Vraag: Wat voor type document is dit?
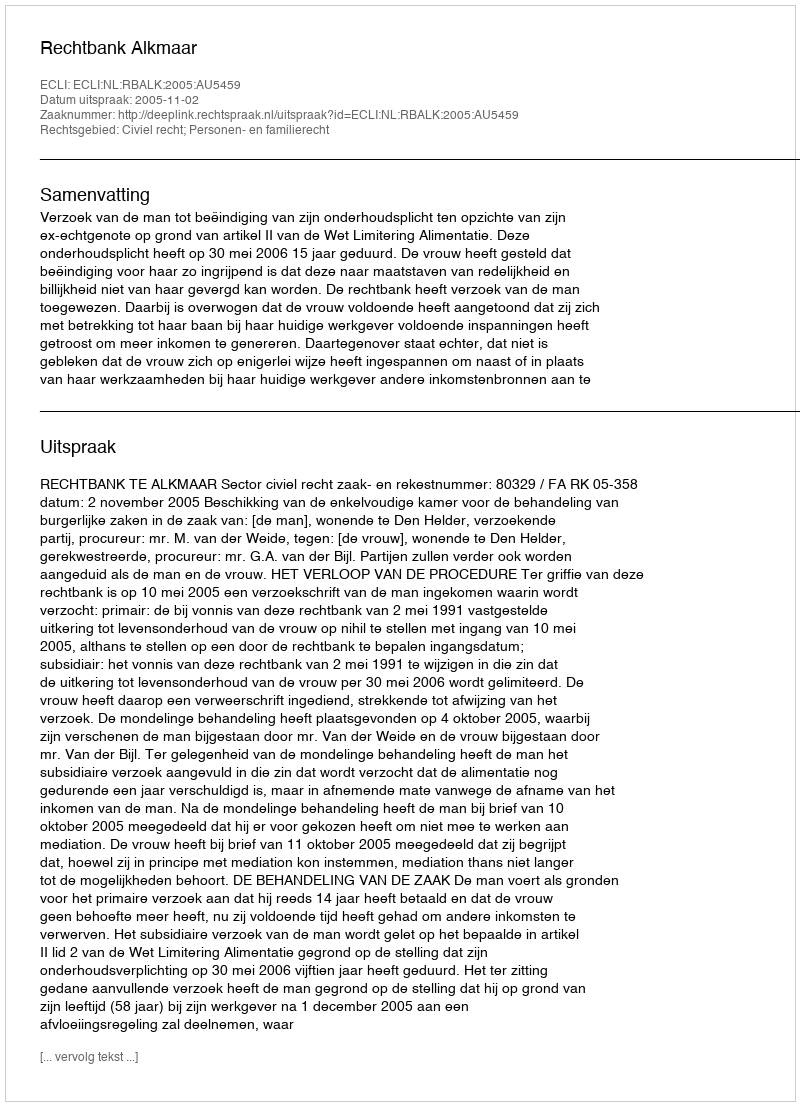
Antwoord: Uitspraak